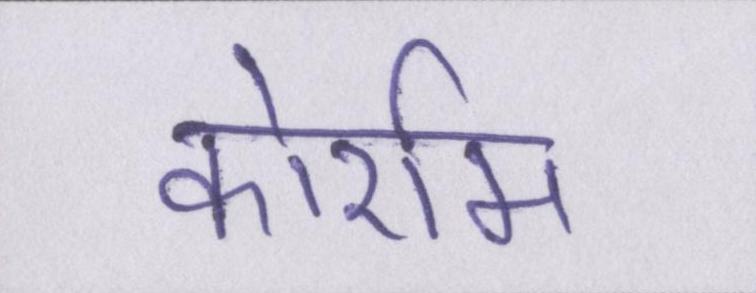
कोर्राम